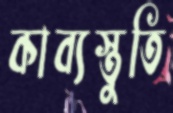
কাব্যস্তুতি